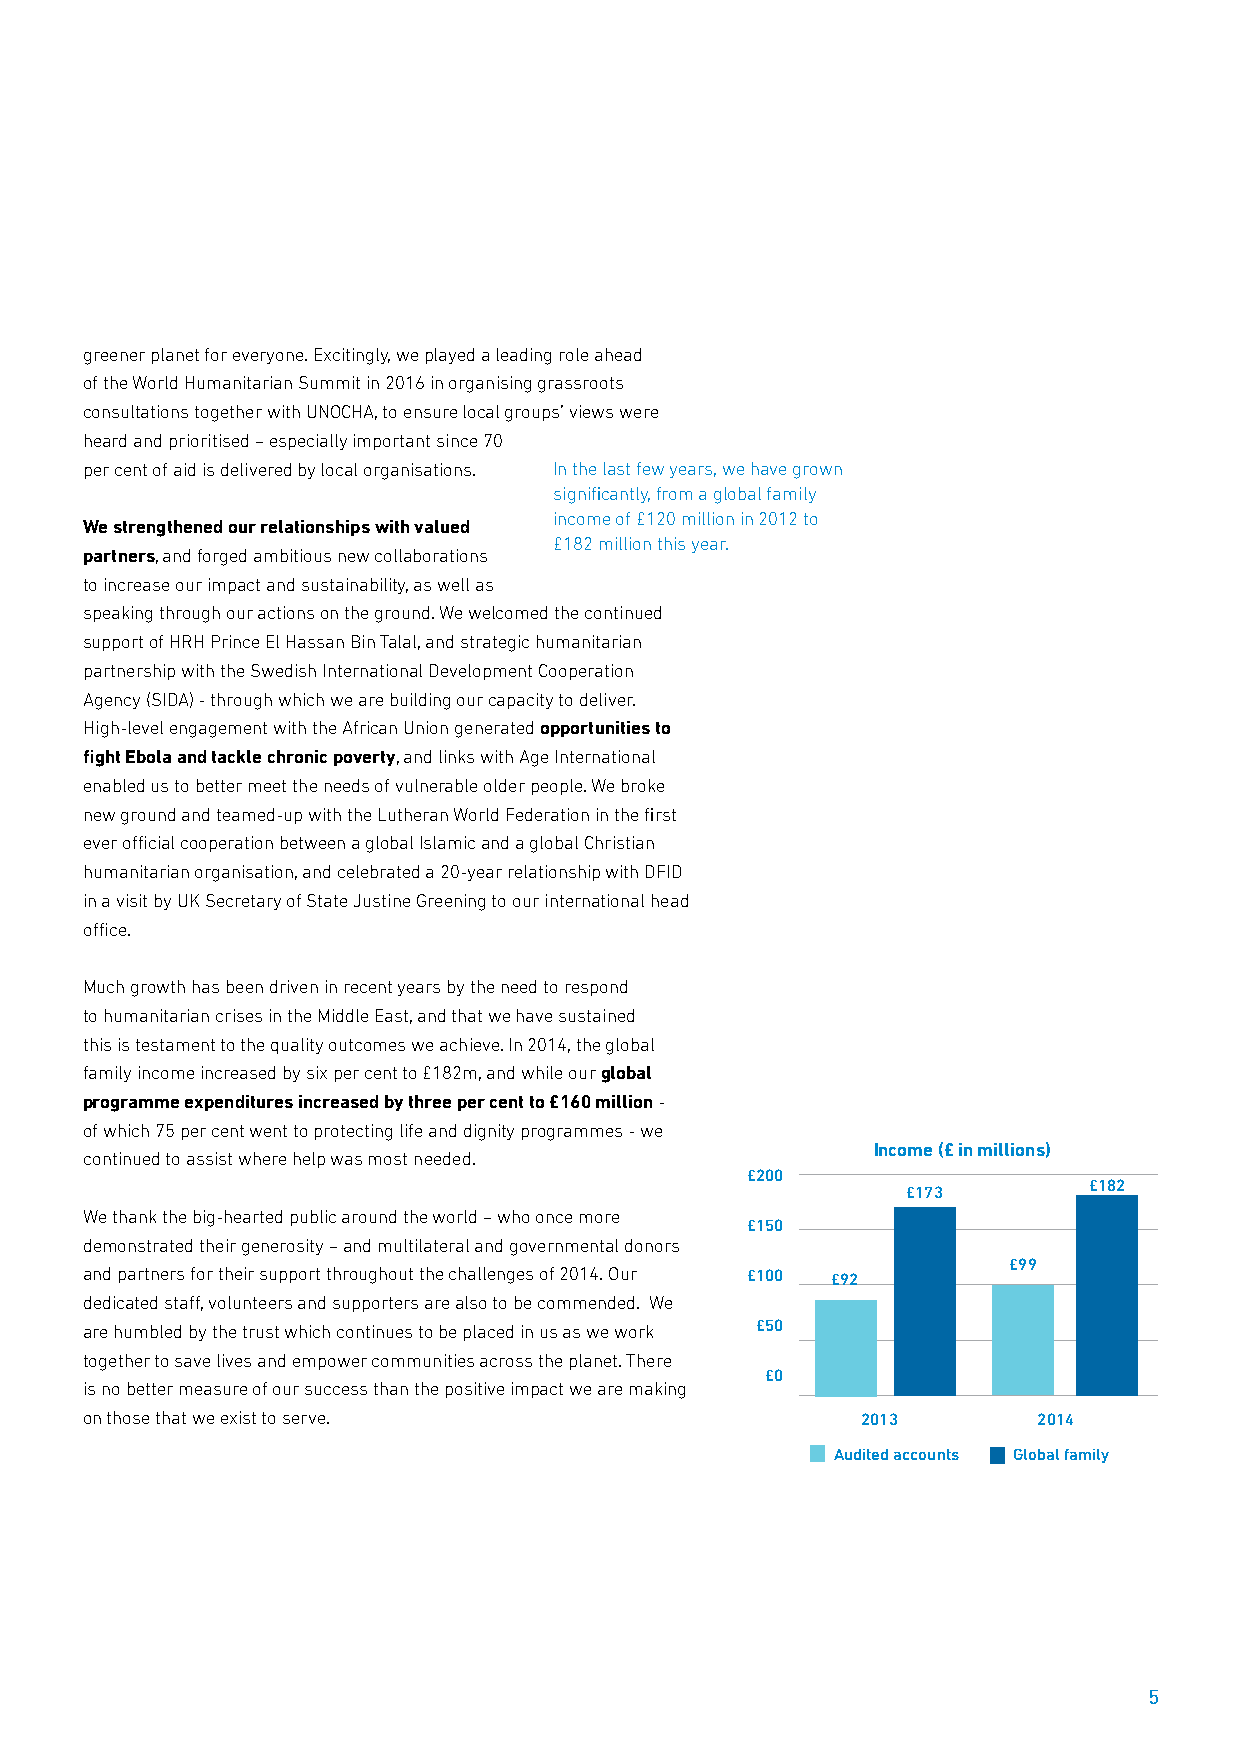
greener planet for everyone. Excitingly, we played a leading role ahead
 of the World Humanitarian Summit in 2016 in organising grassroots
 consultations together with UNOCHA, to ensure local groups’ views were
 heard and prioritised – especially important since 70
 per cent of aid is delivered by local organisations. In the last few years, we have grown
 significantly, from a global family
 income of £120 million in 2012 to
 We strengthened our relationships with valued
 £182 million this year.
 partners, and forged ambitious new collaborations
 to increase our impact and sustainability, as well as
 speaking through our actions on the ground. We welcomed the continued
 support of HRH Prince El Hassan Bin Talal, and strategic humanitarian
 partnership with the Swedish International Development Cooperation
 Agency (SIDA) - through which we are building our capacity to deliver.
 High-level engagement with the African Union generated opportunities to
 fight Ebola and tackle chronic poverty, and links with Age International
 enabled us to better meet the needs of vulnerable older people. We broke
 new ground and teamed-up with the Lutheran World Federation in the first
 ever official cooperation between a global Islamic and a global Christian
 humanitarian organisation, and celebrated a 20-year relationship with DFID
 in a visit by UK Secretary of State Justine Greening to our international head
 office.
 Much growth has been driven in recent years by the need to respond
 to humanitarian crises in the Middle East, and that we have sustained
 this is testament to the quality outcomes we achieve. In 2014, the global
 family income increased by six per cent to £182m, and while our global
 programme expenditures increased by three per cent to £160 million -
 of which 75 per cent went to protecting life and dignity programmes - we
 Income (£ in millions)
 continued to assist where help was most needed.
 £200
 £182
 £173
 We thank the big-hearted public around the world – who once more
 £150
 demonstrated their generosity – and multilateral and governmental donors
 £99
 and partners for their support throughout the challenges of 2014. Our £100 £92
 dedicated staff, volunteers and supporters are also to be commended. We
 are humbled by the trust which continues to be placed in us as we work £50
 together to save lives and empower communities across the planet. There
 £0
 is no better measure of our success than the positive impact we are making
 on those that we exist to serve.                   2013        2014
 Audited accounts Global family
 5